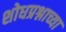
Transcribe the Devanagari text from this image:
शोधप्रश्नाच्या